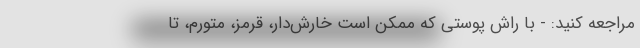
مراجعه کنید: - با راش پوستی که ممکن است خارش‌دار، قرمز، متورم، تا